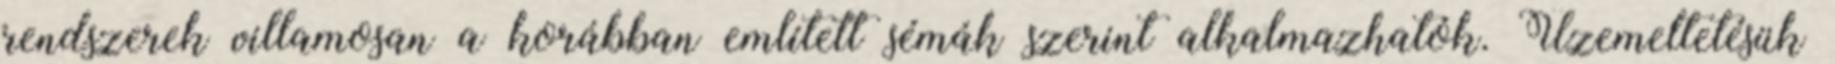
rendszerek villamosan a korábban említett sémák szerint alkalmazhatók. Üzemeltetésük